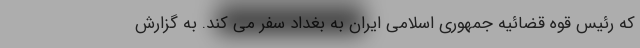
که رئیس قوه قضائیه جمهوری اسلامی ایران به بغداد سفر می کند. به گزارش